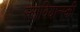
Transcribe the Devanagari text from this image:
स्लोवियान्स्की